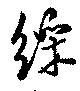
綵